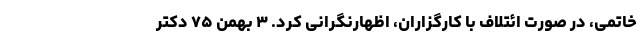
خاتمی، در صورت ائتلاف با کارگزاران، اظهارنگرانی کرد. ۳ بهمن ۷۵ دکتر